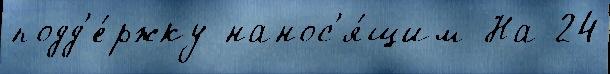
подд'е́ржку нанос'я́щим На 24